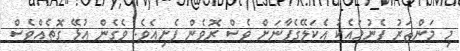
މި މަންޡަރު ފެނުމައެކު އެކަލޭގެފާނަށް ވެސް ރޮވެން ފެށިއެވެ. ވެގެން އުޅޭ ގޮތެއްވެސް